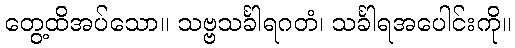
တွေ့ထိအပ်သော။ သဗ္ဗသင်္ခါရဂတံ၊ သင်္ခါရအပေါင်းကို။